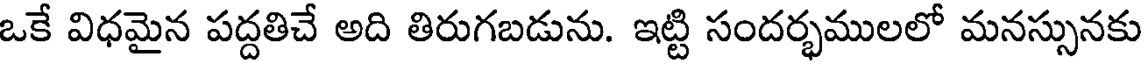
ఒకే విధమైన పద్దతిచే అది తిరుగబడును. ఇట్టి సందర్భములలో మనస్సునకు